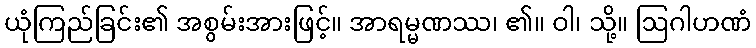
ယုံကြည်ခြင်း၏ အစွမ်းအားဖြင့်။ အာရမ္မဏဿ၊ ၏။ ဝါ၊ သို့။ ဩဂါဟဏံ